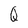
Character: Q